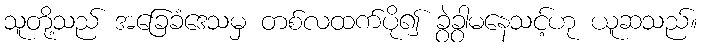
သူတို့သည် အခြေခံဒေသမှ တစ်လထက်ပို၍ ခွဲခွာမနေသင့်ဟု ယူဆသည်။